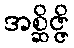
အစ္ဆိဇ္ဇိ